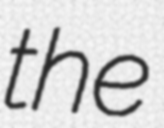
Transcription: the